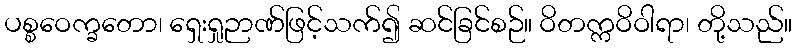
ပစ္စဝေက္ခတော၊ ရှေးရှုဉာဏ်ဖြင့်သက်၍ ဆင်ခြင်စဉ်။ ဝိတက္ကဝိဝါရာ၊ တို့သည်။